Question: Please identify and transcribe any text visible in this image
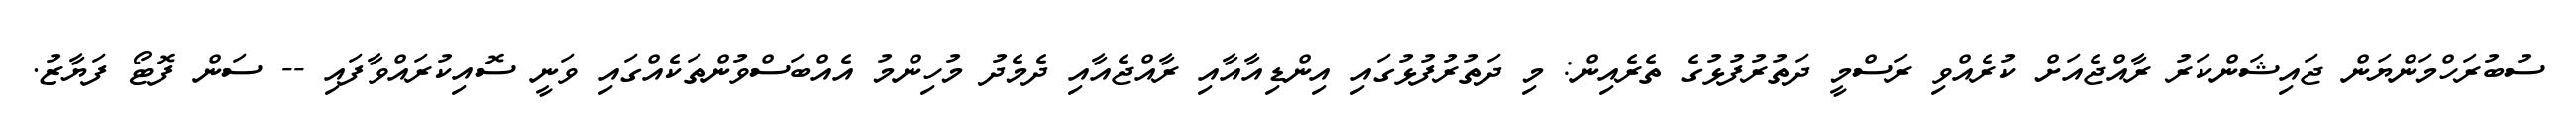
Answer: ސުބުރަހްމަންޔަން ޖައިޝަންކަރު ރާއްޖެއަށް ކުރެއްވި ރަސްމީ ދަތުރުފުޅުގެ ތެރެއިން: މި ދަތުރުފުޅުގައި އިންޑިއާއާއި ރާއްޖެއާއި ދެމެދު މުހިންމު އެއްބަސްވުންތަކެއްގައި ވަނީ ސޮއިކުރައްވާފައި -- ސަން ފޮޓޯ ފަޔާޒު.